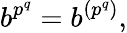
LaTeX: b^{p^{q}}=b^{\left(p^{q}\right)},